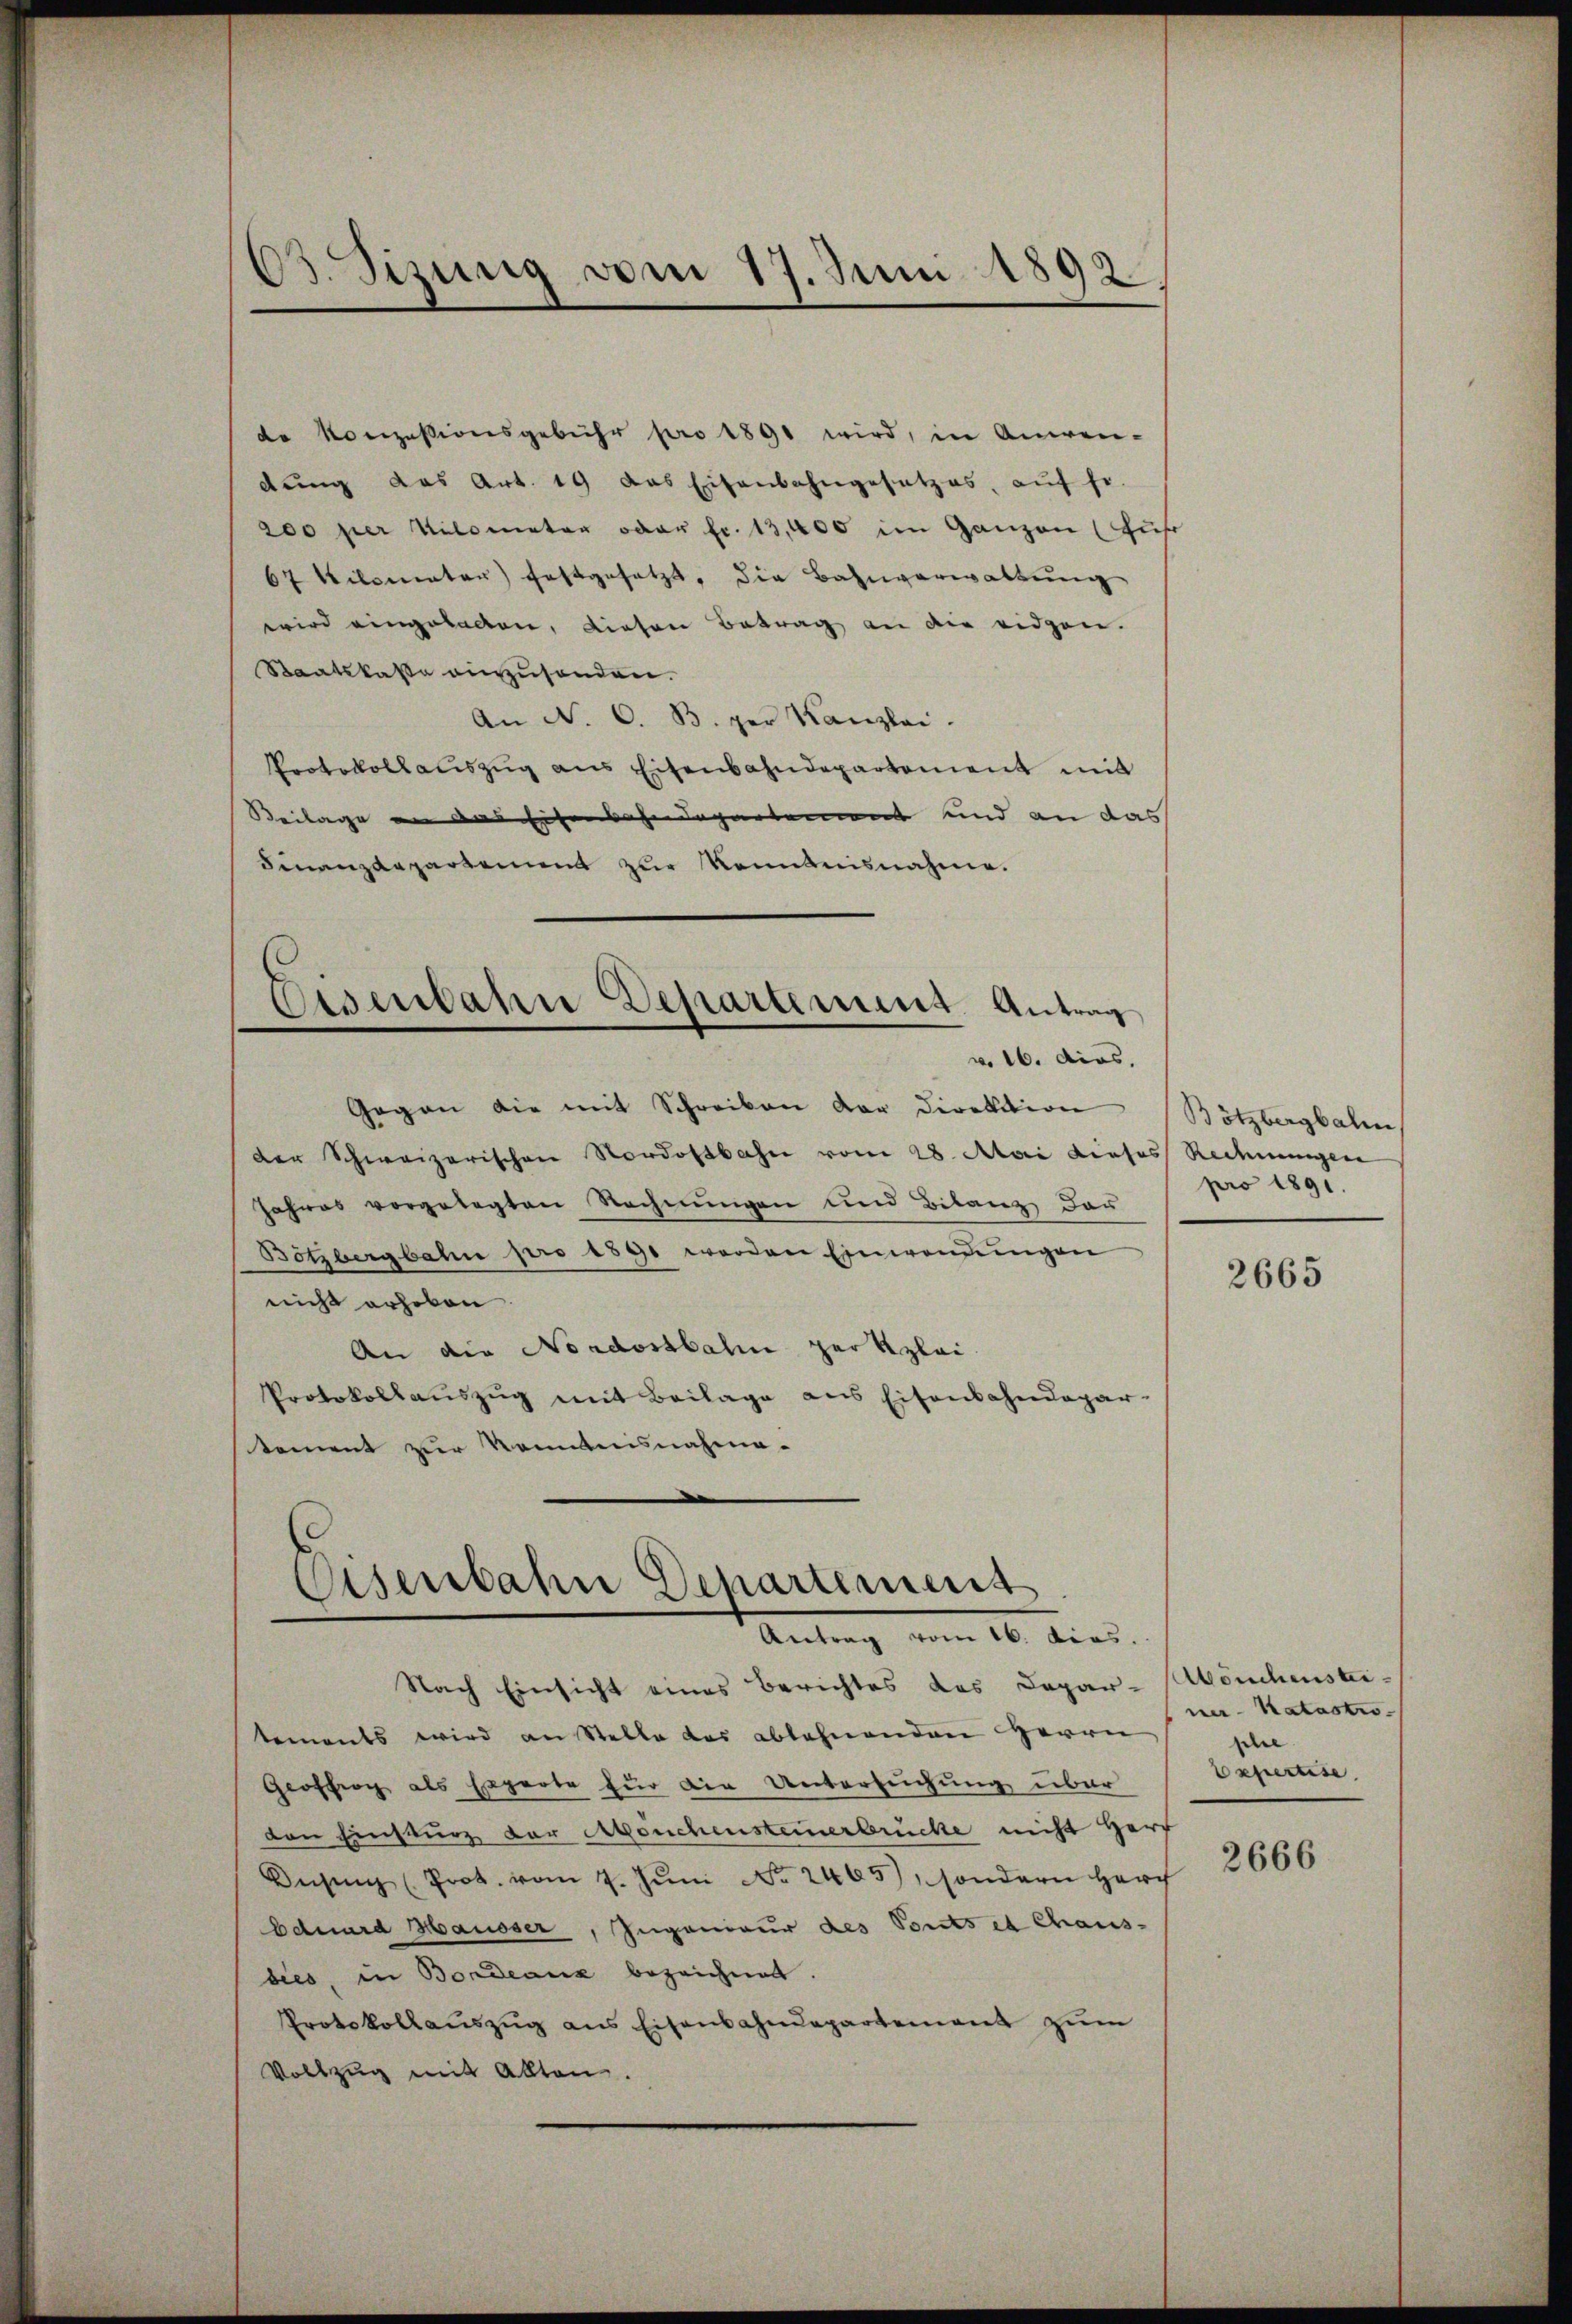
03. Sizung vom 17. Juni 1892.

Eisenbahn Departement. Antrag

de Konzessionsgebühr pro 1891 wird, in Anwen-
dung das Art. 19 das Eisenbahngesetzes, aŭf fr.
200 per Kilometer oder fr. 13,000 im Ganzen (für
67 Kilomater festgesetzt, die Bahnverwaltŭng
wird eingehalten, diesen Betrag an die eidgen.
Staatskaße einzusenden.
An N. O. B. per Kanzlei.
Protokollauszug aus Eisenbahndepartement mit
Beilage an das sichenbahndepartement und an das
Finanzdepartement zur Kenntnisnahme.
wo 16. dias.
Gegen die mit Schreiben der Direktion
der Schweizerischen Nordostbahn vom 28. Mai dieses Rechnungen
Jahres vorgelegten Rechnungen und Bilanz der
Bötzbergbahn pro 1890 werden Einwendŭngen
nicht erhoben.
An die Nordostbahn zur Klei
Protokollaŭszŭg mit Beilage aus Eisenbahndepar-
tement zur Kenntnisnahme-

Eisenbahn Departement
Antrag vom 16. dies.

Bötzbergbali
pro 1891.

Nach Einsicht eines Berichtes des Depar- Mönchensteitements wird an Stelle des ablehnenden Herrn
Geoffig als Experte für die Untersuchung über
den Einsturz der Abenchensteinerbrücke nicht Herr
Wesen (Prot. vom 7. Jŭni No. 2465), sondern Herch
Eduard Mausser, Ingenieur des Ports et Chaus-
bies, in Bordeaux bezeichnet.
Protokollaŭszŭg ans Eisenbahndepartement zum
Vollzug mit allten.

2665

ner-Katastro
phie
bepertise

2666